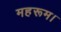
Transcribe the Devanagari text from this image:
महरूम।